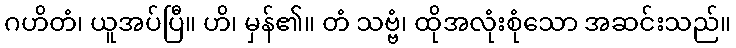
ဂဟိတံ၊ ယူအပ်ပြီ။ ဟိ၊ မှန်၏။ တံ သဗ္ဗံ၊ ထိုအလုံးစုံသော အဆင်းသည်။